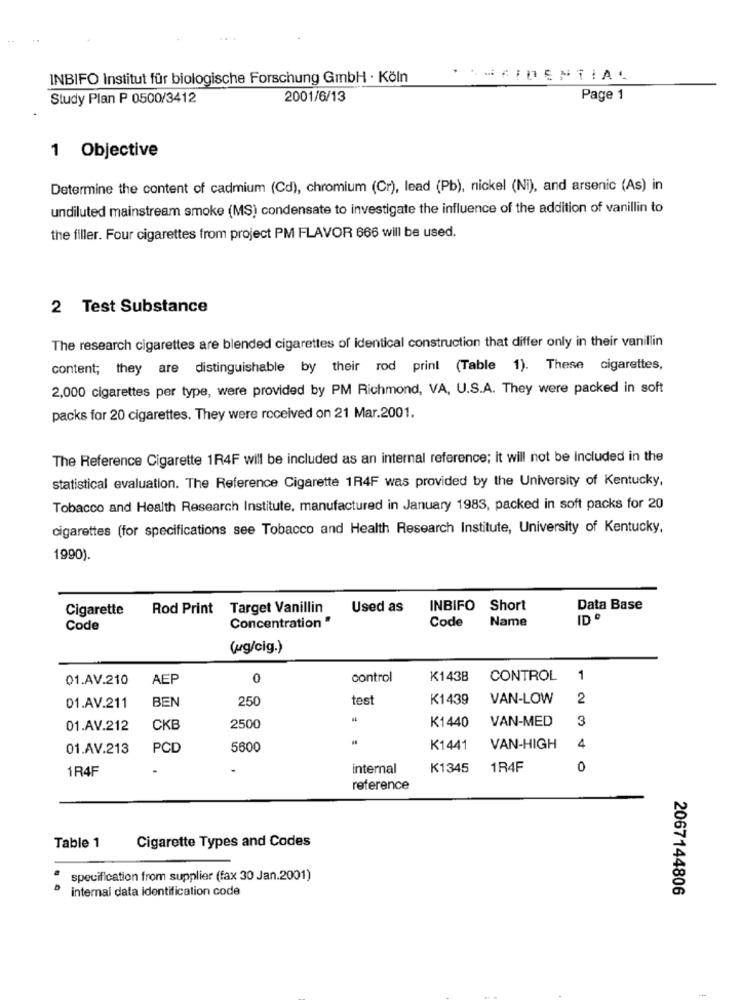
INBIFO Institut für biologische Forschung GmbH · Köln
. . HAIDENTIAL
Study Plan P 0500/3412
2001/6/13
Page 1
1 Objective
Determine the content of cadmium (Cd), chromium (Cr), lead (Pb), nickel (Ni), and arsenic (As) in
undiluted mainstream smoke (MS) condensate to investigate the influence of the addition of vanillin to
the filler. Four cigarettes from project PM FLAVOR 666 will be used.
2 Test Substance
The research cigarettes are blended cigarettes of Identical construction that differ only in their vanillin
content; they are distinguishable by their rod print (Table 1). These cigarettes,
2,000 cigarettes per type, were provided by PM Richmond, VA, U.S.A. They were packed in soft
packs for 20 cigarettes. They were received on 21 Mar.2001.
The Reference Cigarette 1R4F will be included as an internal reference; it will not be Included in the
statistical evaluation. The Reference Cigarette 1R4F was provided by the University of Kentucky,
Tobacco and Health Research Institute, manufactured in January 1983, packed in soft packs for 20
cigarettes (for specifications see Tobacco and Health Research Institute, University of Kentucky,
1990).
Cigarette
Rod Print
Target Vanillin
Used as
INBIFO Short
Data Base
Concentration "
Code
Name
ID '
Code
(ug/cig.)
01.AV.210
AEP
control
K1438
CONTROL
1
BEN
250
test
K1439
VAN-LOW
2
01.AV.211
K1440
VAN-MED
3
01.AV.212
CKB
2500
4
01.AV.213
PCD
5600
K1441
VAN-HIGH
1R4F
internal
K1345
1R4F
0
reference
Table 1
Cigarette Types and Codes
specification from supplier (fax 30 Jan.2001)
internal data identification code
2067144806